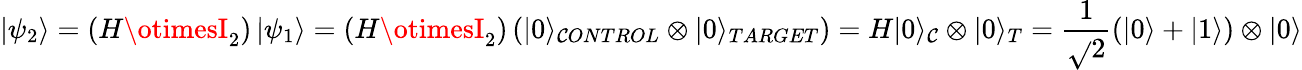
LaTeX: \left|\psi_{2}\right\rangle=\left(H\otimesI_{2}\right)\left|\psi_{1}\right\rangle=\left(H\otimesI_{2}\right)\left(|0\rangle_{\mathcal{C}ONTROL}\otimes|0\rangle_{TARGET}\right)=H|0\rangle_{\mathcal{C}}\otimes|0\rangle_{T}=\frac{{1}}{{\sqrt{}{{2}}}}(|0\rangle+|1\rangle)\otimes|0\rangle